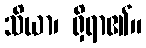
သိယာ၊ ရှိရာ၏။